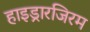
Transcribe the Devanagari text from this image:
हाइड्रारजिरम